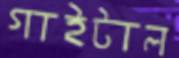
গাইটাল